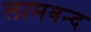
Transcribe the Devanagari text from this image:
लामबन्द